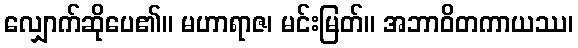
လျှောက်ဆိုပေ၏။ မဟာရာဇ၊ မင်းမြတ်။ အဘာဝိတကာယဿ၊